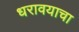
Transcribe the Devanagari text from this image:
धरावयाचा